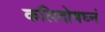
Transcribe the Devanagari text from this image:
कलिदोषघ्नं